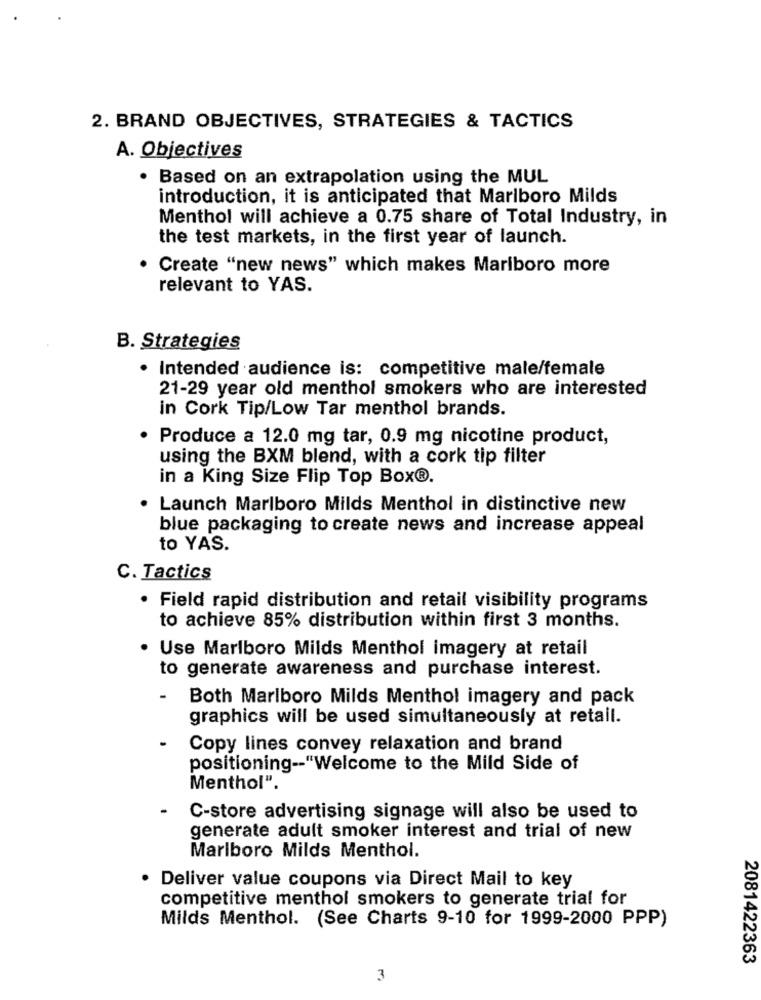
2. BRAND OBJECTIVES, STRATEGIES & TACTICS
A. Objectives
. Based on an extrapolation using the MUL
introduction, it is anticipated that Marlboro Milds
Menthol will achieve a 0.75 share of Total Industry, in
the test markets, in the first year of launch.
Create "new news" which makes Marlboro more
relevant to YAS.
B. Strategies
· Intended audience is: competitive male/female
21-29 year old menthol smokers who are interested
in Cork Tip/Low Tar menthol brands.
Produce a 12.0 mg tar, 0.9 mg nicotine product,
using the BXM blend, with a cork tip filter
in a King Size Flip Top Box®.
Launch Marlboro Milds Menthol in distinctive new
blue packaging to create news and increase appeal
to YAS.
C. Tactics
Field rapid distribution and retail visibility programs
to achieve 85% distribution within first 3 months.
Use Marlboro Milds Menthol imagery at retail
to generate awareness and purchase interest.
-
Both Marlboro Milds Menthol imagery and pack
graphics will be used simultaneously at retail.
Copy lines convey relaxation and brand
positioning -- "Welcome to the Mild Side of
Menthol".
C-store advertising signage will also be used to
generate adult smoker interest and trial of new
Marlboro Milds Menthol.
Deliver value coupons via Direct Mail to key
competitive menthol smokers to generate trial for
Milds Menthol. (See Charts 9-10 for 1999-2000 PPP)
2081422363
3